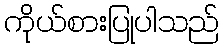
ကိုယ်စားပြုပါသည်